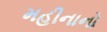
મહીનાનો